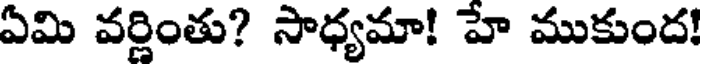
ఏమి వర్ణింతు? సాధ్యమా! హే ముకుంద!